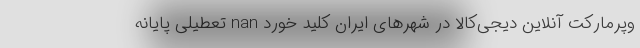
وپرمارکت آنلاین دیجی‌کالا در شهر‌های ایران کلید خورد nan تعطیلی پایانه